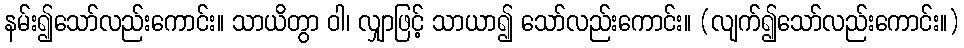
နမ်း၍သော်လည်းကောင်း။ သာယိတွာ ဝါ၊ လျှာဖြင့် သာယာ၍ သော်လည်းကောင်း။ (လျက်၍သော်လည်းကောင်း။)